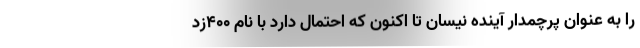
را به عنوان پرچمدار آینده نیسان تا اکنون که احتمال دارد با نام 400زد